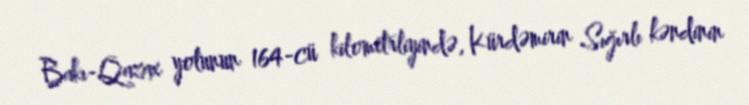
Bakı-Qazax yolunun 164-cü kilometrliyində, Kürdəmirin Sığırlı kəndinin